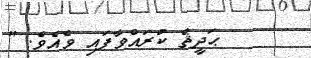
ޙަދީޘް ކުރައްވާފައި ވެއެވެ. "